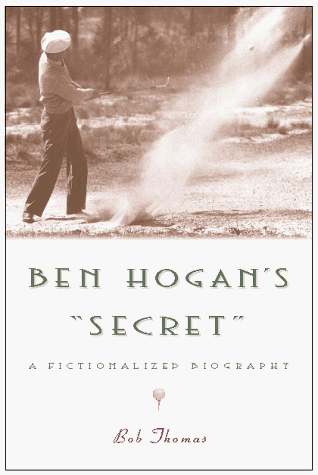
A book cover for Ben Hogan's Secret: A Fictionalized Biography; Bob Thomas; Biographies & Memoirs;